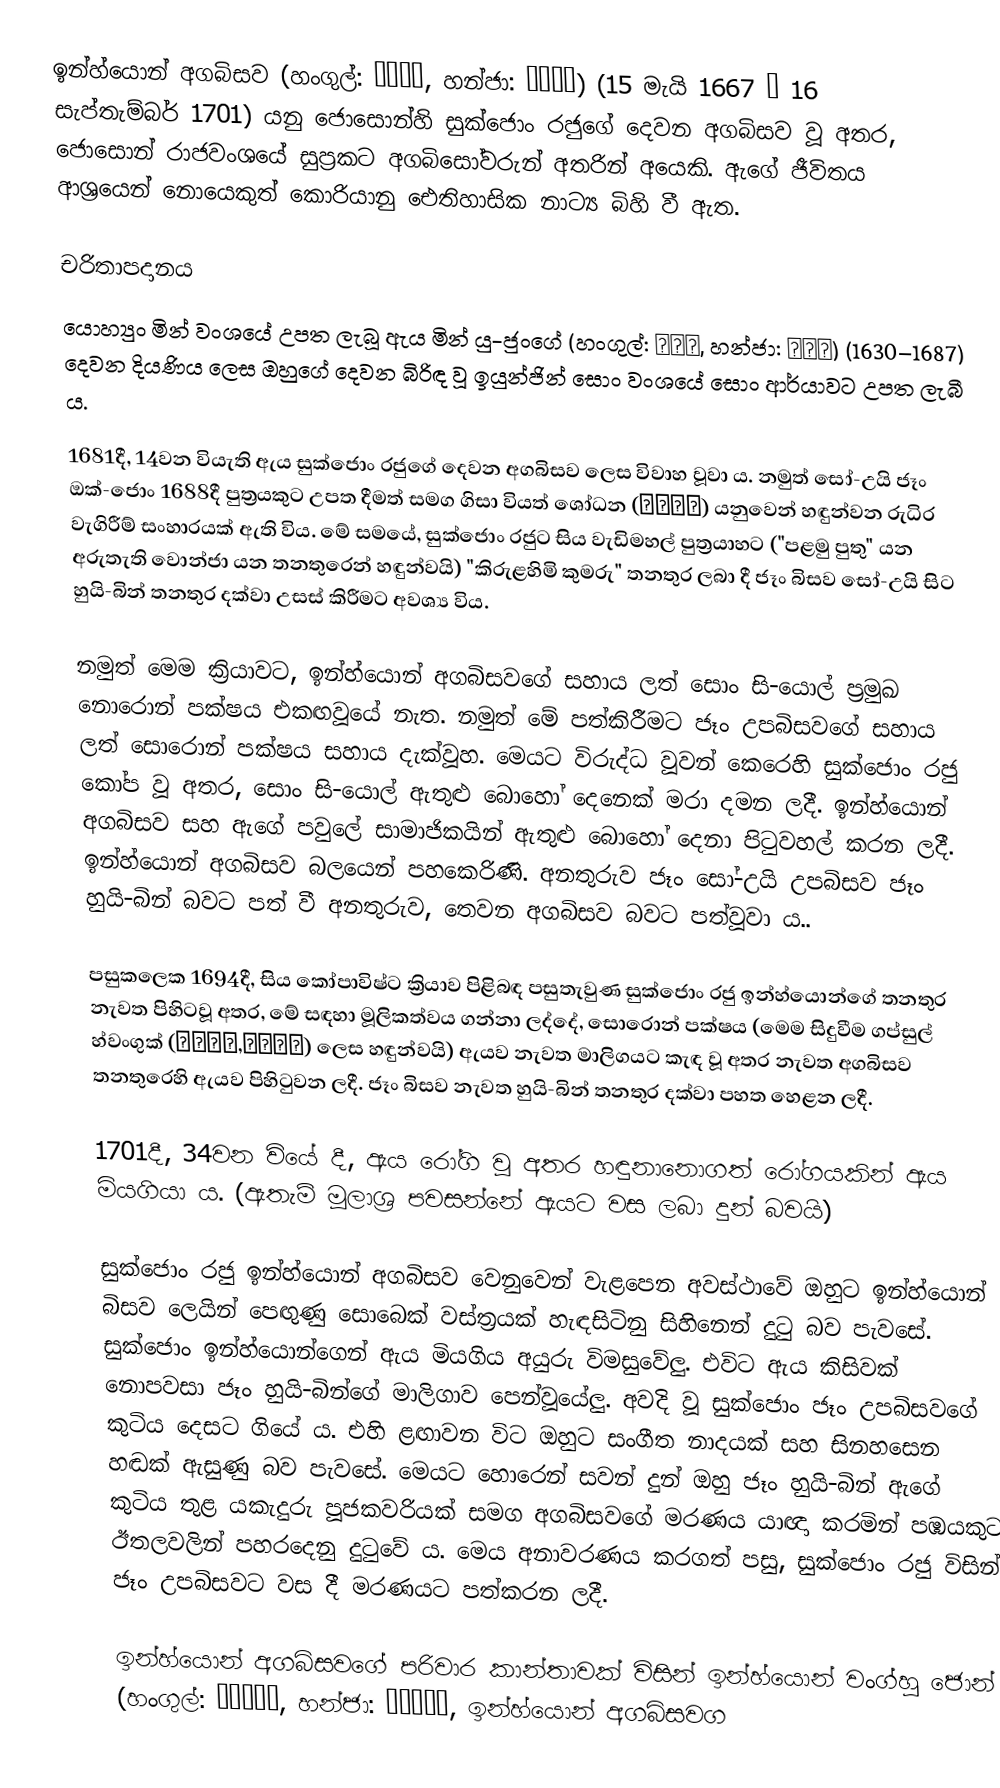
ඉන්හ්යොන් අගබිසව (හංගුල්: 인현왕후, හන්ජා: 仁顯王后) (15 මැයි 1667 – 16 සැප්තැම්බර් 1701) යනු ජොසොන්හි සුක්ජොං රජුගේ දෙවන අගබිසව වූ අතර, ජොසොන් රාජවංශයේ සුප්‍රකට අගබිසෝවරුන් අතරින් අයෙකි. ඇගේ ජීවිතය ආශ්‍රයෙන් නොයෙකුත් කොරියානු ඓතිහාසික නාට්‍ය බිහි වී ඇත.

චරිතාපදානය
යොහ්‍යුං මින් වංශයේ උපත ලැබූ ඇය මින් යු-ජුංගේ (හංගුල්: 민유중, හන්ජා: 閔維重) (1630–1687) ‍දෙවන දියණිය ලෙස ඔහුගේ දෙවන බිරිඳ වූ ඉයුන්ජින් සොං වංශයේ සොං ආර්යාවට උපත ලැබී ය.

1681දී, 14වන වියැති ඇය සුක්ජොං රජුගේ දෙවන අගබිසව ලෙස විවාහ වූවා ය. නමුත් සෝ-උයි ජෑං ඔක්-ජොං 1688දී පුත්‍රයකුට උපත දීමත් සමග ගිසා වියත් ශෝධන (기사사화) යනුවෙන් හඳුන්වන රුධිර වැගිරීම් සංහාරයක් ඇති විය. මේ සමයේ, සුක්ජොං රජුට සිය වැඩිමහල් පුත්‍රයාහට ("පළමු පුතු" යන අරුතැති වොන්ජා යන තනතුරෙන් හඳුන්වයි) "කිරුළහිමි කුමරු" තනතුර ලබා දී ජෑං බිසව සෝ-උයි සිට හුයි-බින් තනතුර දක්වා උසස් කිරීමට අවශ්‍ය විය.

නමුත් මෙම ක්‍රියාවට, ඉන්හ්යොන් අගබිසවගේ සහාය ලත් සොං සි-යොල් ප්‍රමුඛ නොරොන් පක්ෂය එකඟවූයේ නැත. නමුත් මේ පත්කිරීමට ජෑං උපබිසවගේ සහාය ලත් සොරොන් පක්ෂය සහාය දැක්වූහ. මෙයට විරුද්ධ වූවන් කෙරෙහි සුක්ජොං රජු කෝප වූ අතර, සොං සි-යොල් ඇතුළු බොහෝ දෙනෙක් මරා දමන ලදී. ඉන්හ්යොන් අගබිසව සහ ඇගේ පවුලේ සාමාජිකයින් ඇතුළු බොහෝ දෙනා පිටුවහල් කරන ලදී. ඉන්හ්යොන් අගබිසව බලයෙන් පහකෙරිණි. අනතුරුව ජෑං සෝ-උයි උපබිසව ජෑං හුයි-බින් බවට පත් වී අනතුරුව, තෙවන අගබිසව බවට පත්වූවා ය..

පසුකලෙක 1694දී, සිය කෝපාවිෂ්ට ක්‍රියාව පිළිබඳ පසුතැවුණ සුක්ජොං රජු ඉන්හ්යොන්ගේ තනතුර නැවත පිහිටවූ අතර, මේ සඳහා මූලිකත්වය ගන්නා ලද්දේ, සොරොන් පක්ෂය (මෙම සිදුවීම ගප්සුල් හ්වංගුක් (갑술환국,甲戌換局) ලෙස හඳුන්වයි) ඇයව නැවත මාලිගයට කැඳ වූ අතර නැවත අගබිසව තනතුරෙහි ඇයව පිහිටුවන ලදී. ජෑං බිසව නැවත හුයි-බින් තනතුර දක්වා පහත හෙළන ලදී.

1701දී, 34වන වියේ දී, ඇය රෝගි වූ අතර හඳුනානොගත් රෝගයකින් ඇය මියගියා ය. (ඇතැම් මූලාශ්‍ර පවසන්නේ ඇයට වස ලබා දුන් බවයි)

සුක්ජොං රජු ඉන්හ්යොන් අගබිසව වෙනුවෙන් වැළපෙන අවස්ථාවේ ඔහුට ඉන්හ්යොන් බිසව ලෙයින් පෙඟුණු සොබෙක් වස්ත්‍රයක් හැඳසිටිනු සිහිනෙන් දුටු බව පැවසේ. සුක්ජොං ඉන්හ්යොන්ගෙන් ඇය මියගිය අයුරු විමසුවේලු. එවිට ඇය කිසිවක් නොපවසා ජෑං හුයි-බින්ගේ මාලිගාව පෙන්වූයේලු. අවදි වූ සුක්ජොං ජෑං උපබිසවගේ කුටිය දෙසට ගියේ ය. එහි ළඟාවන විට ඔහුට සංගීත නාදයක් සහ සිනහසෙන හඬක් ඇසුණු බව පැවසේ. මෙයට හොරෙන් සවන් දුන් ඔහු ජෑං හුයි-බින් ඇගේ කුටිය තුළ යකැදුරු පූජකවරියක් සමග අගබිසවගේ මරණය යාඥා කරමින් පඹයකුට ඊතලවලින් පහරදෙනු දුටුවේ ය. මෙය අනාවරණය කරගත් පසු, සුක්ජොං රජු විසින් ජෑං උපබිසවට වස දී මරණයට පත්කරන ලදී.

ඉන්හ්යොන් අගබිසවගේ පරිවාර කාන්තාවක් විසින් ඉන්හ්යොන් වංග්හු ජොන් (හංගුල්: 인현왕후전, හන්ජා: 仁顯王后傳, ඉන්හ්යොන් අගබිසවග